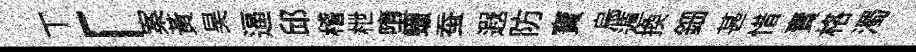
丅「案黃昊逼邱稽枻墮蠟蚕遐防寶烏遁換鈿甚惜𧶠格濁